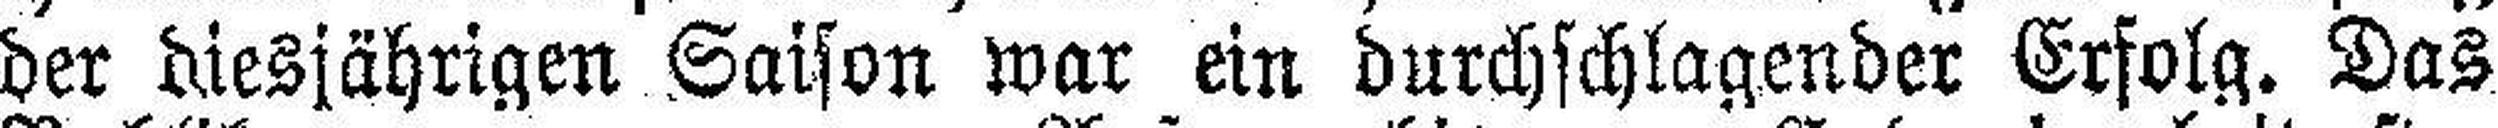
der diesjährigen Saison war ein durchschlagender Erfolg. Das